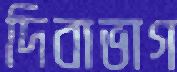
দিবাভাগ